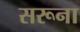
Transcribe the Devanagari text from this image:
सरूना